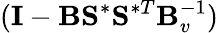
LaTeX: (\mathbf{I}-\mathbf{B}\mathbf{S}^{\ast}\mathbf{S}^{\ast T}\mathbf{B}_{v}^{-1})